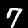
Label: 7